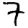
Digit: 7